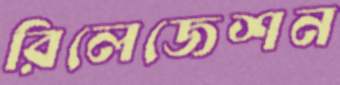
রিলেজেশন